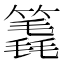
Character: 𥳈